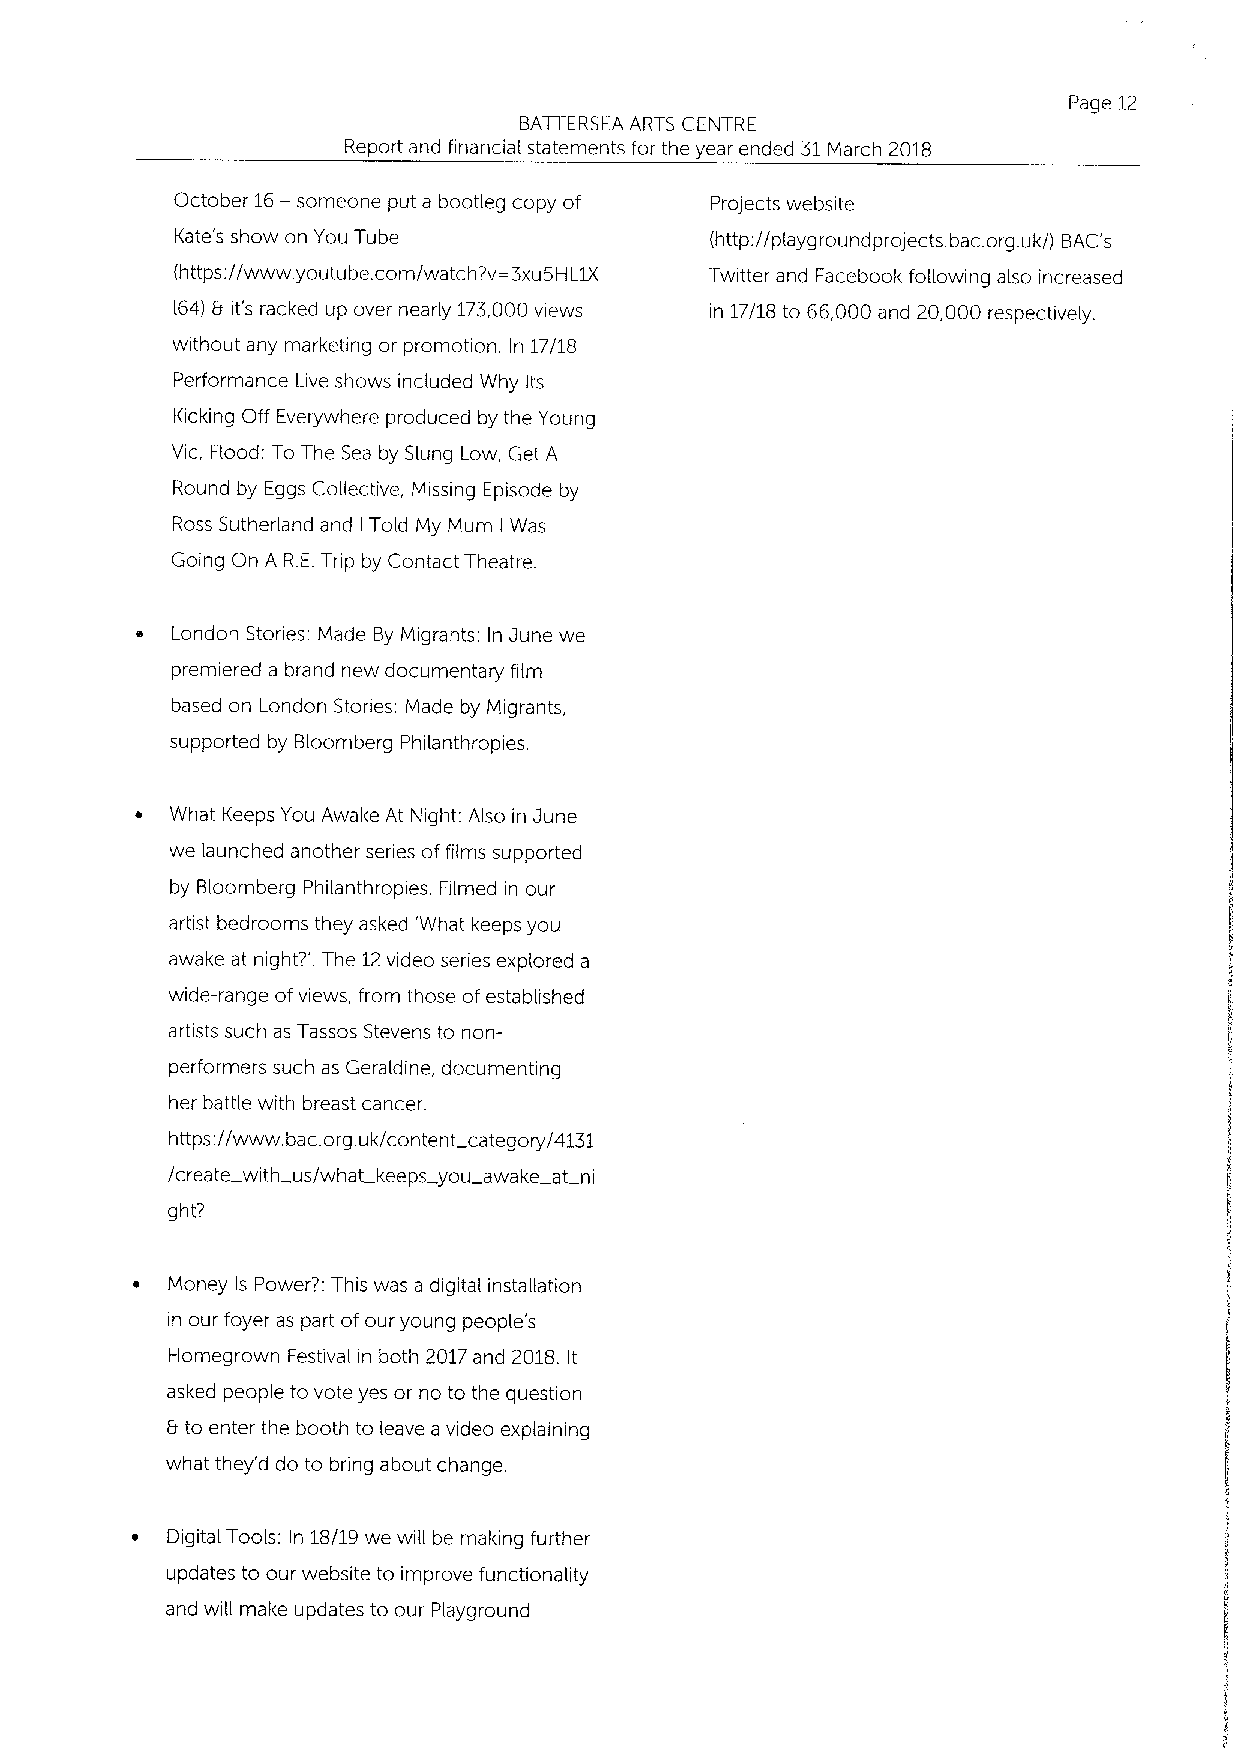
Page 12
 BATTERSEA ARTS CENTRE
 Report and financial statements for the year ended 31March 2018
 October 16—someone put a bootleg copy of Projects website
 Kate's show on You Tube            (http://playgroundprojects. bac.org.uk/) BAC's
 (https://www. youtube. corn/watch? v=3xu5HL1X Twitter and Facebook following also increased
 I64) 8 it's racked up over nearly 173,000views in 17/18 to 66,000 and 20,000 respectiveiy.
 without any marketing or promotion. In 17/18
 Performance Live shows included Why Its
 Kicking Off Everywhere produced by the Young
 Vic, Flood: To The Sea by Slung Low, Get A
 Round by Eggs Collective, Missing Episode by
 Ross Sutherland and I Told My Mum I Was
 Going On A R.E.Trip by Contact Theatre.
 London Stories: Made By Migrants: In June we
 premiered a brand new documentary film
 based on London Stories. Made by Migrants,
 supported by Bloomberg Philanthropies.
 ~ What Keeps You Awake At Night: Also in June
 we launched another series offilms supported
 by Bloomberg Philanthropies. Filmed in our
 artist bedrooms they asked 'What keeps you
 awake at night?'. The 12video series explored a
 wide-range ofviews, from those ofestablished
 artists such as Tassos Stevens to non-
 performers such as Geraldine, documenting
 her battle with breast cancer.
 https://www. bac.org.uk/content category/4131
 /create with us/what keeps you awake at ni
 ght?
 ~ Money Is Power?: This was a digital installation
 in our foyer as part ofour young people' s
 Homegrown Festival in both 2017and 2018. It
 asked people to vote yes or no to the question
 b to enter the booth to leave a video explaining
 what they'd do to bring about change.
 ~ Digital Tools: In 18/19 we will be making further
 updates to our website to improve functionality
 and will make updates to our Playground